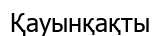
Қауынқақты